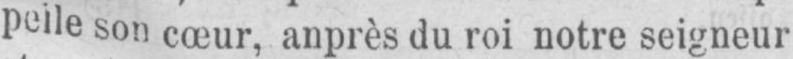
peile son cœur, anprès du roi notre seigneur